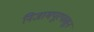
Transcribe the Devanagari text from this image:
निजामपूरपासून